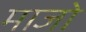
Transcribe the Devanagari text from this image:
माजो